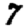
Digit: 7